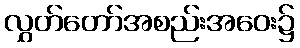
လွှတ်တော်အစည်းအဝေး၌